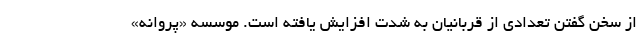
از سخن گفتن تعدادی از قربانیان به شدت افزایش یافته است. موسسه «پروانه»